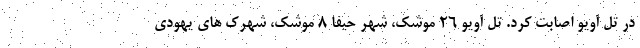
در تل آویو اصابت کرد. تل آویو ۲۶ موشک، شهر حیفا ۸ موشک، شهرک های یهودی